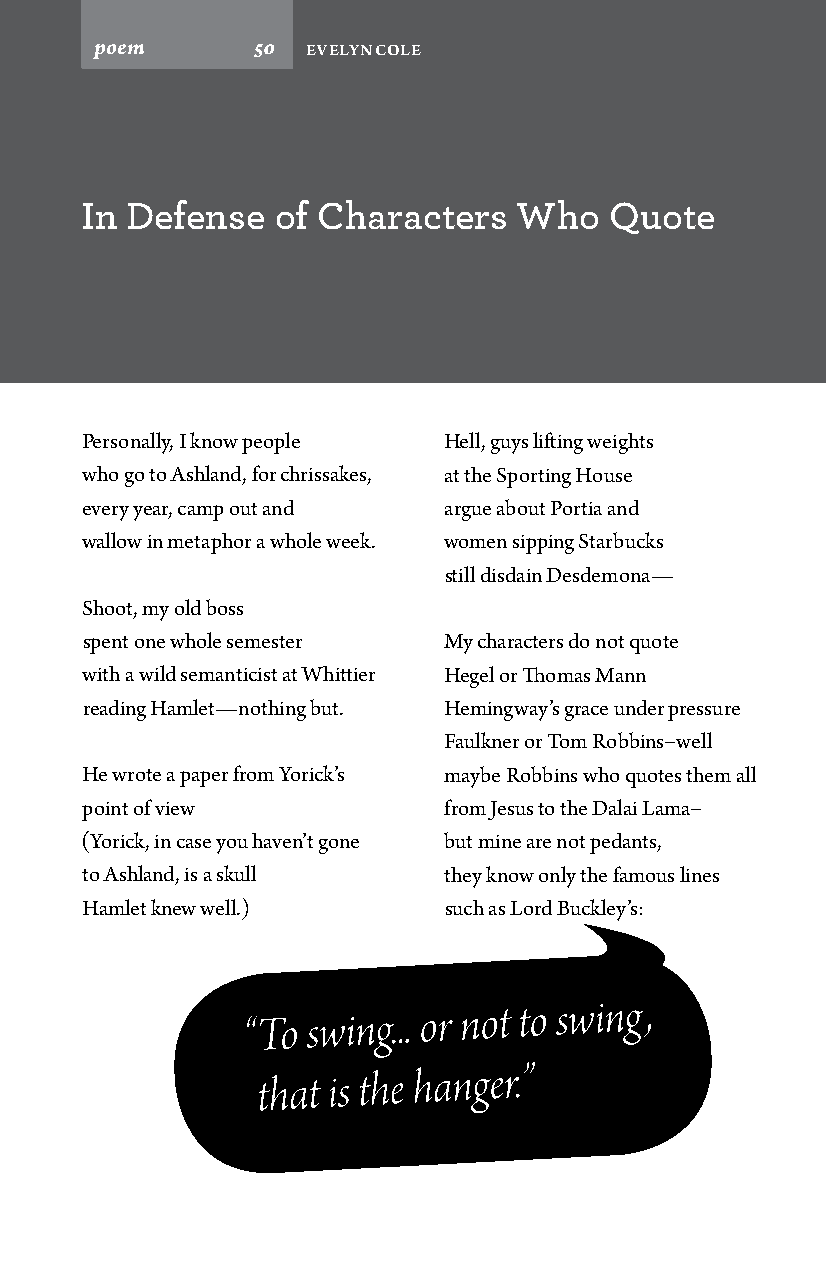
poem       50 Evelyn Cole
 In Defense   of Characters   Who   Quote
 Personally, I know people Hell, guys lifting weights
 who go to Ashland, for chrissakes, at the Sporting House
 every year, camp out and argue about Portia and
 wallow in metaphor a whole week. women sipping Starbucks
 still disdain Desdemona—
 Shoot, my old boss
 spent one whole semester My characters do not quote
 with a wild semanticist at Whittier Hegel or Thomas Mann
 reading Hamlet—nothing but. Hemingway’s grace under pressure
 Faulkner or Tom Robbins−well
 He wrote a paper from Yorick’s maybe Robbins who quotes them all
 point of view           from Jesus to the Dalai Lama−
 (Yorick, in case you haven’t gone but mine are not pedants,
 to Ashland, is a skull  they know only the famous lines
 Hamlet knew well.)      such as Lord Buckley’s:
 “To swing... or not to swing ,
 that is the
 hanger.”